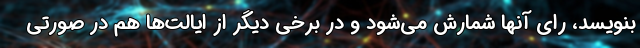
بنویسد، رای آنها شمارش می‌شود و در برخی دیگر از ایالت‌ها هم در صورتی